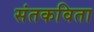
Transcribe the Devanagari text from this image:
संतकविता